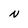
Character: N